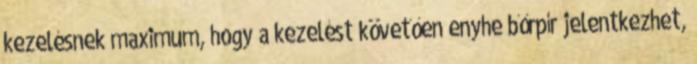
kezelésnek maximum, hogy a kezelést követően enyhe bőrpír jelentkezhet,